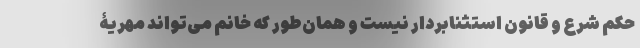
حکم شرع و قانون استثنابردار نیست و همان‌طور که خانم می‌تواند مهریۀ